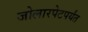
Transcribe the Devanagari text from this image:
जोलारपेटपर्यंत